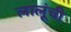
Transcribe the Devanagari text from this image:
लालूंची